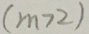
( m > 2 )